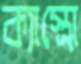
ক্যাস্ত্রো